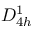
D _ { 4 h } ^ { 1 }